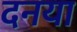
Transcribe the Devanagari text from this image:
दनया